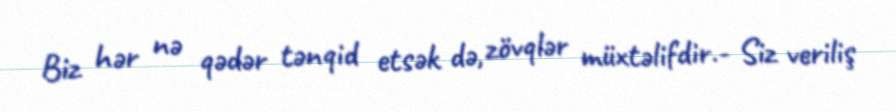
Biz hər nə qədər tənqid etsək də, zövqlər müxtəlifdir.- Siz veriliş